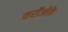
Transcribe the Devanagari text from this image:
करॉओके